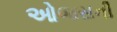
ઓજસની